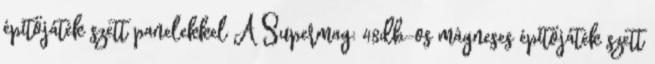
építőjáték szett panelekkel A Supermag: 48db-os mágneses építőjáték szett